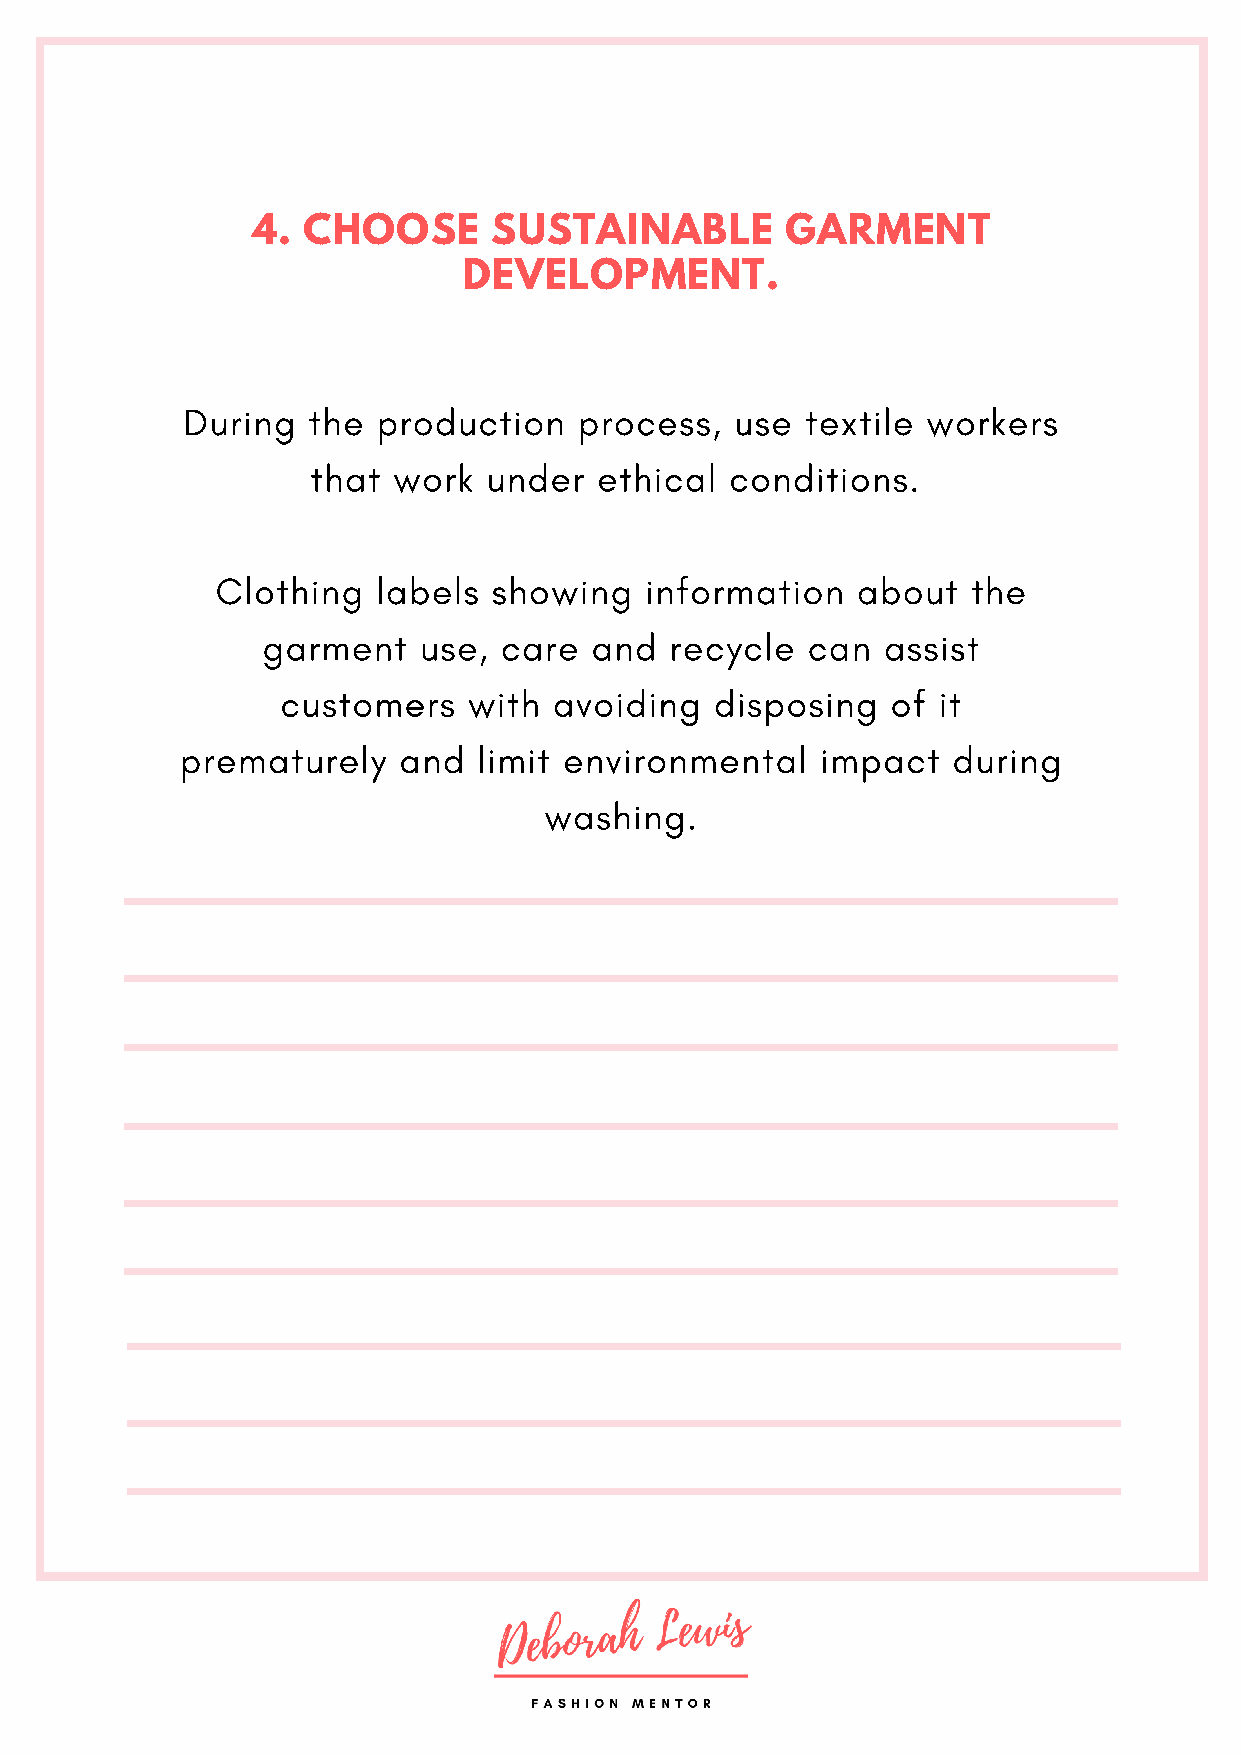
4. CHOOSE       SUSTAINABLE        GARMENT
 DEVELOPMENT.
 During  the  production   process,   use textile workers
 that work  under   ethical conditions.
 Clothing   labels  showing   information   about  the
 garment    use, care  and  recycle  can   assist
 customers   with  avoiding  disposing   of it
 prematurely   and   limit environmental   impact   during
 washing.